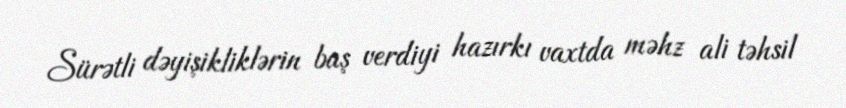
Sürətli dəyişikliklərin baş verdiyi hazırkı vaxtda məhz ali təhsil